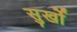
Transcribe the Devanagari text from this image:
सुर्खो